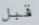
قبل